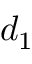
d _ { 1 }